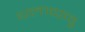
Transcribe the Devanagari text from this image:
थलाप्पावु